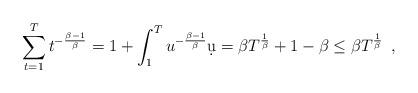
LaTeX: \begin{align*} \sum_{t=1}^{T}t^{-\frac{\beta-1}{\beta}} =1+\int_{1}^{T}u^{-\frac{\beta-1}{\beta}}\d u = \beta T^{\frac{1}{\beta}}+1 -\beta \leq \beta T^{\frac{1}{\beta}}\enspace,\end{align*}